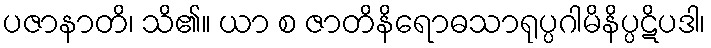
ပဇာနာတိ၊ သိ၏။ ယာ စ ဇာတိနိရောဓသာရုပ္ပဂါမိနိပ္ပဋိပဒါ၊